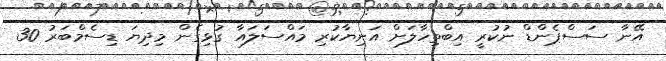
އޭނާ ސަސްޕެންޑް ނުކުރީ އިބްތިހާލަށް އަނިޔާކުރި މައްސަލައާ ގުޅިގެން މިދިޔަ ޑިސެމްބަރު 30